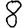
Digit: 8